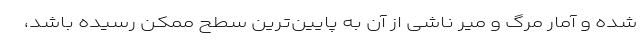
شده و آمار مرگ و میر ناشی از آن به پایین‌ترین سطح ممکن رسیده باشد،